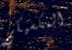
المكسيكي